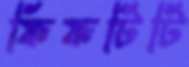
ফিফটিটি